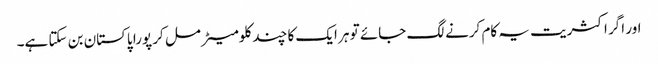
اور اگر اکثریت یہ کام کرنے لگ جائے تو ہر ایک کا چند کلومیٹر مل کر پورا پاکستان بن سکتا ہے۔